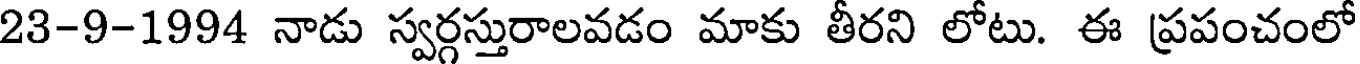
23-9-1994 నాడు స్వర్గస్తురాలవడం మాకు తీరని లోటు. ఈ ప్రపంచంలో